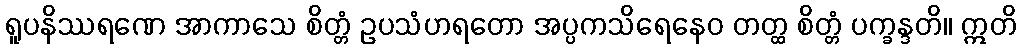
ရူပနိဿရဏေ အာကာသေ စိတ္တံ ဥပသံဟရတော အပ္ပကသိရေနေဝ တတ္ထ စိတ္တံ ပက္ခန္ဒတိ။ ဣတိ